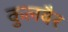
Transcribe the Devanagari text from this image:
कुलबैर